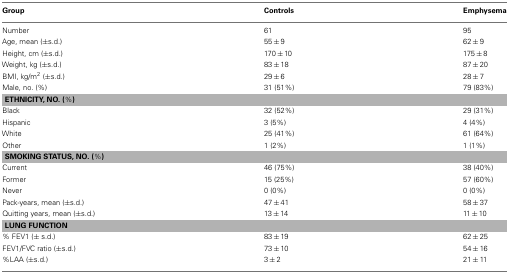
<table><thead><tr><td><b>Group</b></td><td><b>Controls</b></td><td><b>Emphysema</b></td></tr></thead><tbody><tr><td>Number</td><td>61</td><td>95</td></tr><tr><td>Age, mean (±s.d.)</td><td>55 ± 9</td><td>62 ± 9</td></tr><tr><td>Height, cm (±s.d.)</td><td>170 ± 10</td><td>175 ± 8</td></tr><tr><td>Weight, kg (±s.d.)</td><td>83 ± 18</td><td>87 ± 20</td></tr><tr><td>BMI, kg/m<sup>2</sup> (±s.d.)</td><td>29 ± 6</td><td>28 ± 7</td></tr><tr><td>Male, no. (%)</td><td>31 (51%)</td><td>79 (83%)</td></tr><tr><td colspan="3"><b>ETHNICITY, NO. (%)</b></td></tr><tr><td>Black</td><td>32 (52%)</td><td>29 (31%)</td></tr><tr><td>Hispanic</td><td>3 (5%)</td><td>4 (4%)</td></tr><tr><td>White</td><td>25 (41%)</td><td>61 (64%)</td></tr><tr><td>Other</td><td>1 (2%)</td><td>1 (1%)</td></tr><tr><td colspan="3"><b>SMOKING STATUS, NO. (%)</b></td></tr><tr><td>Current</td><td>46 (75%)</td><td>38 (40%)</td></tr><tr><td>Former</td><td>15 (25%)</td><td>57 (60%)</td></tr><tr><td>Never</td><td>0 (0%)</td><td>0 (0%)</td></tr><tr><td>Pack-years, mean (±s.d.)</td><td>47 ± 41</td><td>58 ± 37</td></tr><tr><td>Quitting years, mean (±s.d.)</td><td>13 ± 14</td><td>11 ± 10</td></tr><tr><td colspan="3"><b>LUNG FUNCTION</b></td></tr><tr><td>% FEV1 (± s.d.)</td><td>83 ± 19</td><td>62 ± 25</td></tr><tr><td>FEV1/FVC ratio (±s.d.)</td><td>73 ± 10</td><td>54 ± 16</td></tr><tr><td>%LAA (±s.d.)</td><td>3 ± 2</td><td>21 ± 11</td></tr></tbody></table>